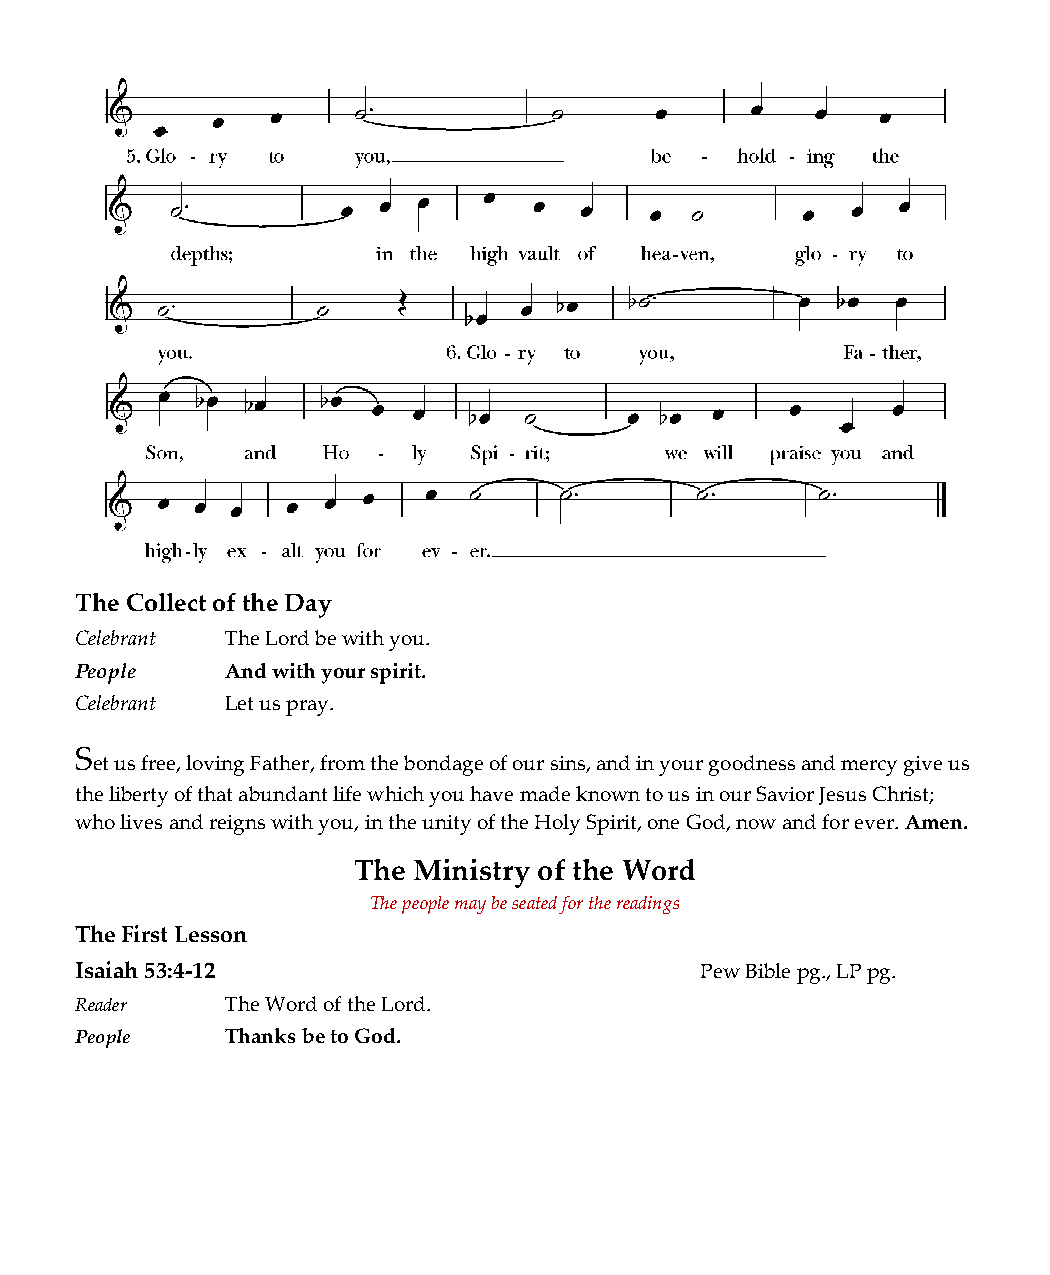
The Collect of the Day
 Celebrant The Lord be with you.
 People    And with your spirit.
 Celebrant Let us pray.
 S
 et us free, loving Father, from the bondage of our sins, and in your goodness and mercy give us
 the liberty of that abundant life which you have made known to us in our Savior Jesus Christ;
 who lives and reigns with you, in the unity of the Holy Spirit, one God, now and for ever. Amen.
 The Ministry of the Word
 The people may be seated for the readings
 The First Lesson
 Isaiah 53:4-12                           Pew Bible pg., LP pg.
 Reader    The Word of the Lord.
 People    Thanks be to God.